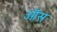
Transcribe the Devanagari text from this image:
ऑस